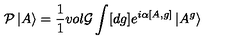
{ \cal P } \left| A \right> = \frac { 1 } { 1 } { v o l { \cal G } } \int [ d g ] e ^ { i \alpha [ A , g ] } \left| A ^ { g } \right>